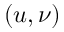
( u , \nu )